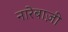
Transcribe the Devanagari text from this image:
नारेबाज़ी